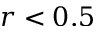
r < 0 . 5